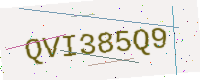
Text: QVI385Q9